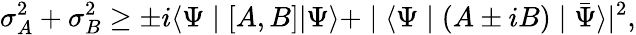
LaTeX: \sigma_{A}^{2}+\sigma_{B}^{2}\geq\pm i\langle\Psi\mid[A,B]|\Psi\rangle+\mid\langle\Psi\mid(A\pm iB)\mid{\bar{\Psi}}\rangle|^{2},